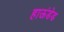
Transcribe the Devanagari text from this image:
हाऊंडेड